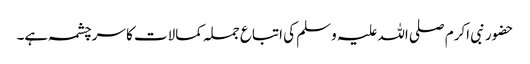
حضور نبی اکرم صلی اللہ علیہ وسلم کی اتباع جملہ کمالات کا سرچشمہ ہے۔